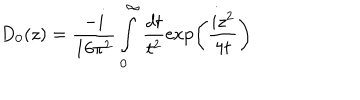
D _ { 0 } ( z ) = \frac { - i } { 1 6 \pi ^ { 2 } } \int _ { 0 } ^ { \infty } \frac { d t } { t ^ { 2 } } \exp \left( \frac { i z ^ { 2 } } { 4 t } \right)